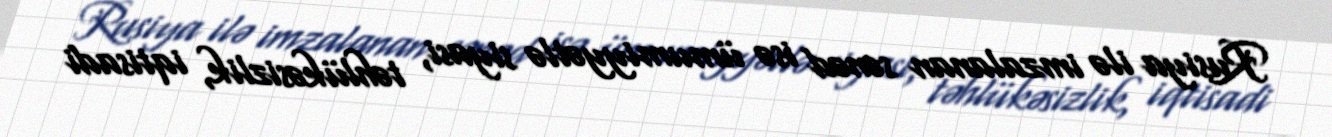
Rusiya ilə imzalanan sənəd isə ümumiyyətlə siyasi, təhlükəsizlik, iqtisadi